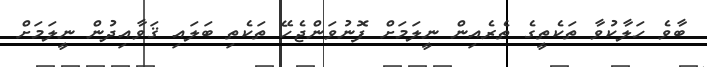
ބާވެ ހަލާކުވާ ތަކެތީގެ ތެރެއިން ނީލަމަށް ފޮނުވަންޖެހޭ ތަކެތި ބަލައި ޤަވާއިދުން ނީލަމަށް